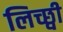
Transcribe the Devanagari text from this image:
लिच्छ्वी